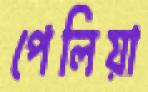
পেলিয়া